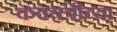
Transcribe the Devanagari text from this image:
कवयत्रीच्या